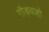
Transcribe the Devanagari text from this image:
गौड़वाहो